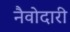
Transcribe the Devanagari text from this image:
नैवोदारी